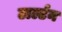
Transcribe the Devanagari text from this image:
टार्ल्टन